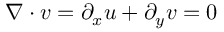
\nabla \cdot \ensuremath { \boldsymbol { v } } = \partial _ { x } u + \partial _ { y } v = 0